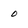
Character: 0